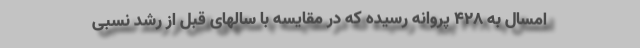
امسال به ۴۲۸ پروانه رسیده که در مقایسه با سالهای قبل از رشد نسبی